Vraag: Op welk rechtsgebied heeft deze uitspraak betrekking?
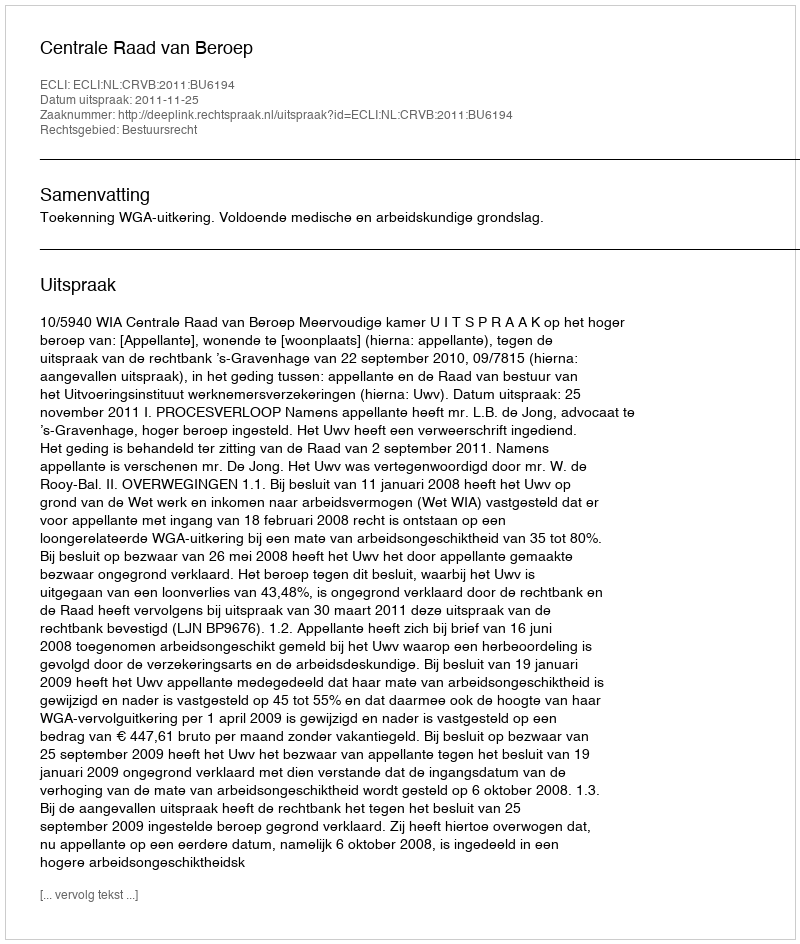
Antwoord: Bestuursrecht